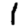
Digit: 1